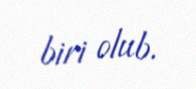
biri olub.